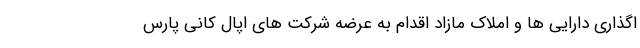
اگذاری دارایی ها و املاک مازاد اقدام به عرضه شرکت های اپال کانی پارس